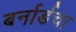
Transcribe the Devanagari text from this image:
बर्नार्डचा